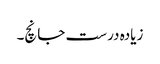
زیادہ درست جانچ۔